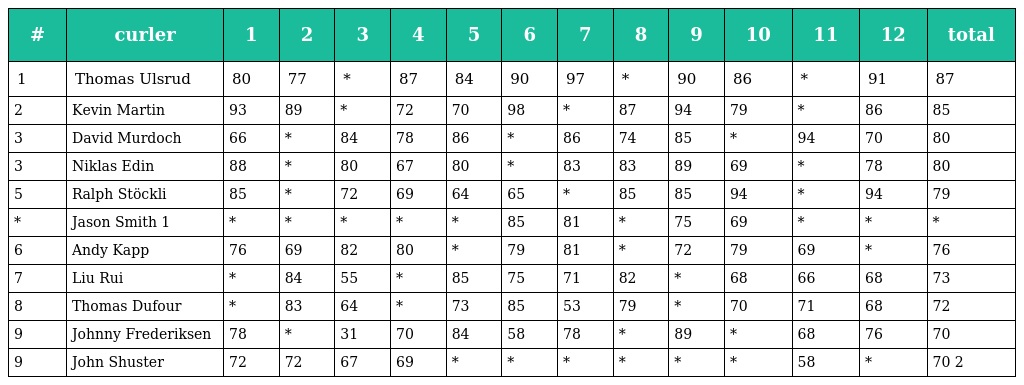
| # | curler | 1 | 2 | 3 | 4 | 5 | 6 | 7 | 8 | 9 | 10 | 11 | 12 | total |
 | --- | --- | --- | --- | --- | --- | --- | --- | --- | --- | --- | --- | --- | --- | --- |
 | 1 | Thomas Ulsrud | 80 | 77 | * | 87 | 84 | 90 | 97 | * | 90 | 86 | * | 91 | 87 |
 | 2 | Kevin Martin | 93 | 89 | * | 72 | 70 | 98 | * | 87 | 94 | 79 | * | 86 | 85 |
 | 3 | David Murdoch | 66 | * | 84 | 78 | 86 | * | 86 | 74 | 85 | * | 94 | 70 | 80 |
 | 3 | Niklas Edin | 88 | * | 80 | 67 | 80 | * | 83 | 83 | 89 | 69 | * | 78 | 80 |
 | 5 | Ralph Stöckli | 85 | * | 72 | 69 | 64 | 65 | * | 85 | 85 | 94 | * | 94 | 79 |
 | * | Jason Smith 1 | * | * | * | * | * | 85 | 81 | * | 75 | 69 | * | * | * |
 | 6 | Andy Kapp | 76 | 69 | 82 | 80 | * | 79 | 81 | * | 72 | 79 | 69 | * | 76 |
 | 7 | Liu Rui | * | 84 | 55 | * | 85 | 75 | 71 | 82 | * | 68 | 66 | 68 | 73 |
 | 8 | Thomas Dufour | * | 83 | 64 | * | 73 | 85 | 53 | 79 | * | 70 | 71 | 68 | 72 |
 | 9 | Johnny Frederiksen | 78 | * | 31 | 70 | 84 | 58 | 78 | * | 89 | * | 68 | 76 | 70 |
 | 9 | John Shuster | 72 | 72 | 67 | 69 | * | * | * | * | * | * | 58 | * | 70 2 |